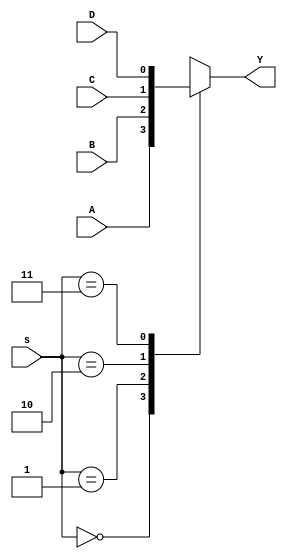
module mux4(s,Y,A,B,C,D);

    input A,B,C,D;
    input [1:0]s;
    output reg Y;
    always @(A,B,C,D,s)
    case (s)
        2'b00 : Y = A;
        2'b01 : Y = B;
        2'b10 : Y = C;
        2'b11 : Y = D;
    endcase
        
    
endmodule